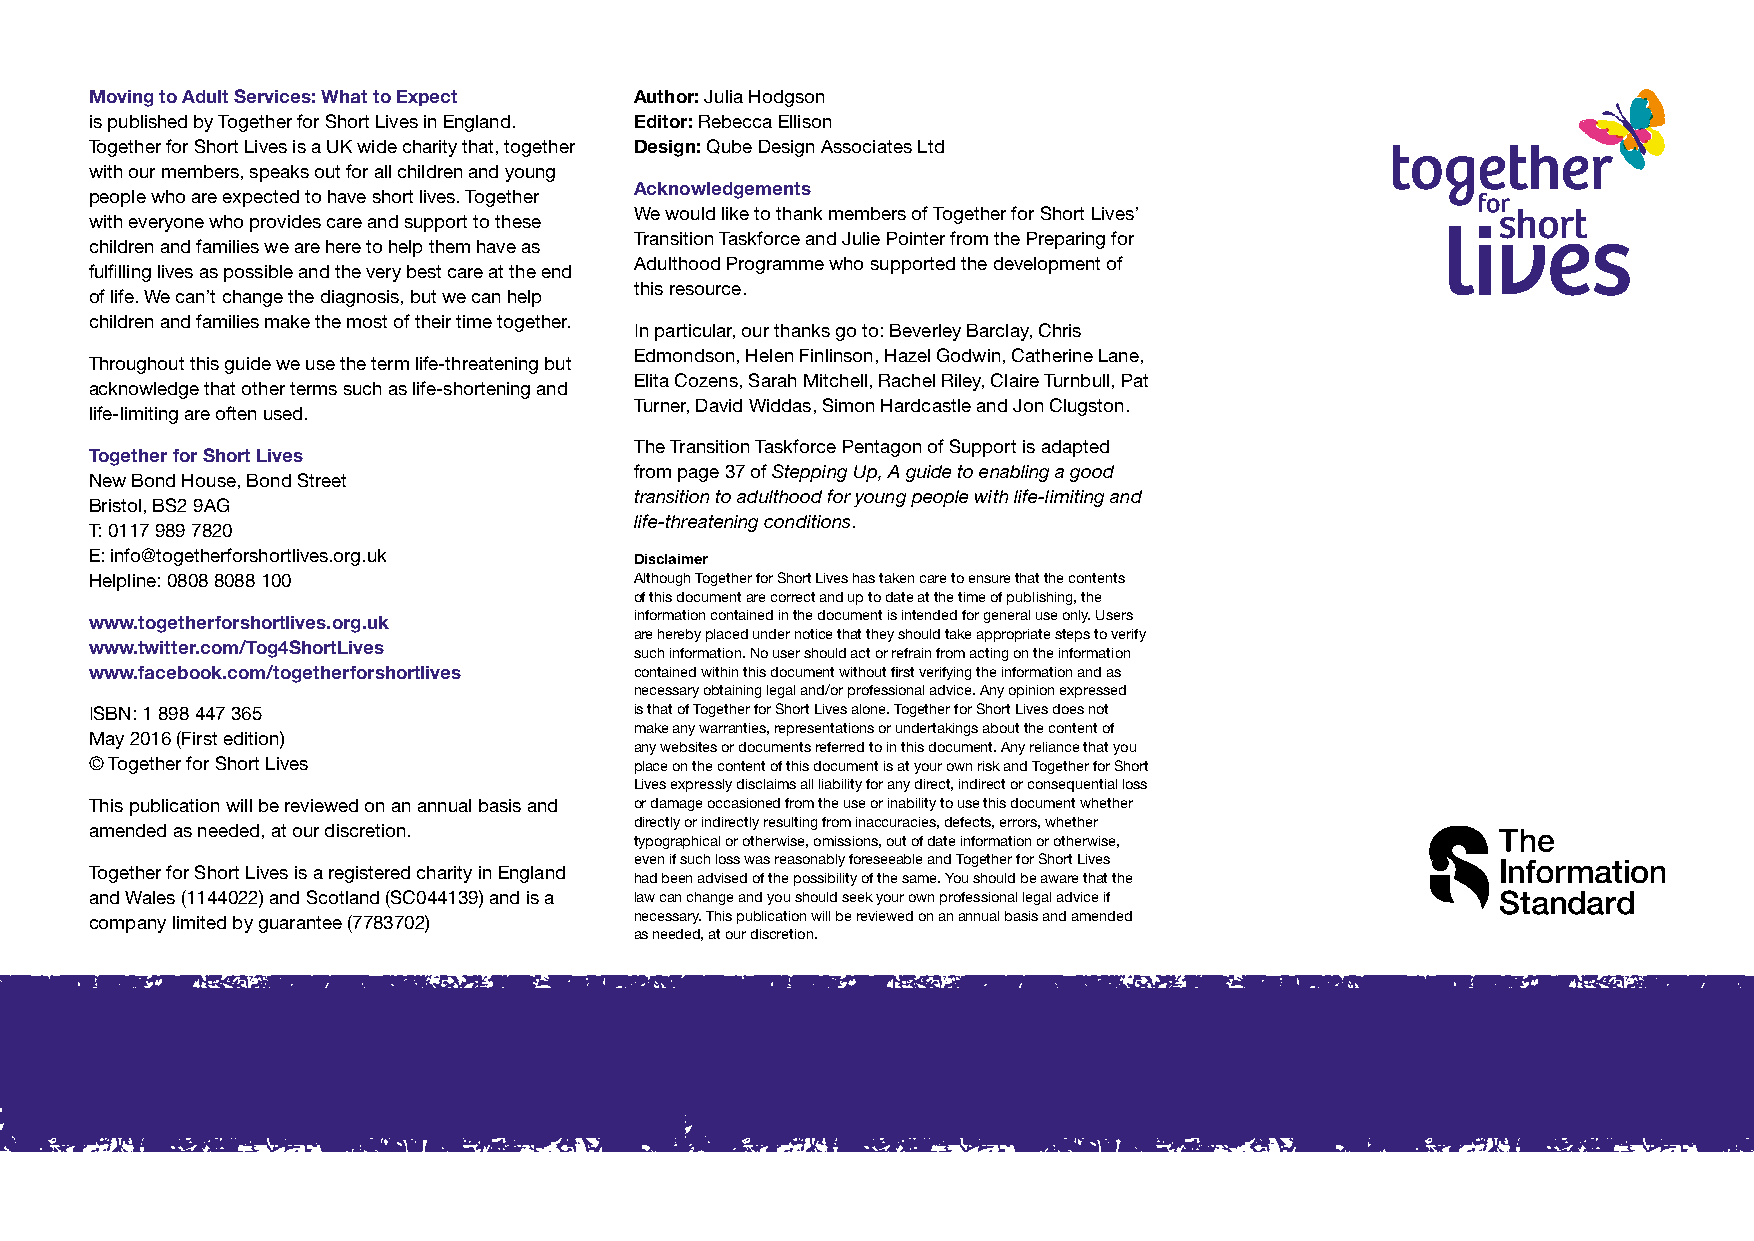
Moving to Adult Services: What to Expect Author: Julia Hodgson
 is published by Together for Short Lives in England. Editor: Rebecca Ellison
 Together for Short Lives is a UK wide charity that, together Design: Qube Design Associates Ltd
 with our members, speaks out for all children and young
 Acknowledgements
 people who are expected to have short lives. Together
 We would like to thank members of Together for Short Lives’
 with everyone who provides care and support to these
 Transition Taskforce and Julie Pointer from the Preparing for
 children and families we are here to help them have as
 Adulthood Programme who supported the development of
 fulfilling lives as possible and the very best care at the end
 this resource.
 of life. We can’t change the diagnosis, but we can help
 children and families make the most of their time together.
 In particular, our thanks go to: Beverley Barclay, Chris
 Edmondson, Helen Finlinson, Hazel Godwin, Catherine Lane,
 Throughout this guide we use the term life-threatening but
 Elita Cozens, Sarah Mitchell, Rachel Riley, Claire Turnbull, Pat
 acknowledge that other terms such as life-shortening and
 Turner, David Widdas, Simon Hardcastle and Jon Clugston.
 life-limiting are often used.
 The Transition Taskforce Pentagon of Support is adapted
 Together for Short Lives
 from page 37 of Stepping Up, A guide to enabling a good
 New Bond House, Bond Street
 transition to adulthood for young people with life-limiting and
 Bristol, BS2 9AG
 life-threatening conditions.
 T: 0117 989 7820
 E: info@togetherforshortlives.org.uk Disclaimer
 Helpline: 0808 8088 100             Although Together for Short Lives has taken care to ensure that the contents
 of this document are correct and up to date at the time of publishing, the
 www.togetherforshortlives.org.uk    information contained in the document is intended for general use only. Users
 are hereby placed under notice that they should take appropriate steps to verify
 www.twitter.com/Tog4ShortLives
 such information. No user should act or refrain from acting on the information
 www.facebook.com/togetherforshortlives contained within this document without first verifying the information and as
 necessary obtaining legal and/or professional advice. Any opinion expressed
 ISBN: 1 898 447 365                 is that of Together for Short Lives alone. Together for Short Lives does not
 make any warranties, representations or undertakings about the content of
 May 2016 (First edition)
 any websites or documents referred to in this document. Any reliance that you
 © Together for Short Lives          place on the content of this document is at your own risk and Together for Short
 Lives expressly disclaims all liability for any direct, indirect or consequential loss
 This publication will be reviewed on an annual basis and or damage occasioned from the use or inability to use this document whether
 directly or indirectly resulting from inaccuracies, defects, errors, whether
 amended as needed, at our discretion.
 typographical or otherwise, omissions, out of date information or otherwise,
 even if such loss was reasonably foreseeable and Together for Short Lives
 Together for Short Lives is a registered charity in England
 had been advised of the possibility of the same. You should be aware that the
 and Wales (1144022) and Scotland (SC044139) and is a law can change and you should seek your own professional legal advice if
 company limited by guarantee (7783702) necessary. This publication will be reviewed on an annual basis and amended
 as needed, at our discretion.